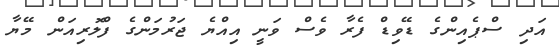
އަދި ސްޕެއިންގެ ޑޭވިޑް ފެރާ ވެސް ވަނީ އިއްޔެ ޖަރުމަންގެ ފްލޮރިއަން މޭޔާ